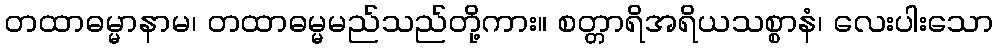
တထာဓမ္မာနာမ၊ တထာဓမ္မမည်သည်တို့ကား။ စတ္တာရိအရိယသစ္စာနံ၊ လေးပါးသော